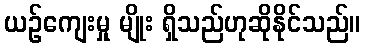
ယဉ်ကျေးမှု မျိုး ရှိသည်ဟုဆိုနိုင်သည်။